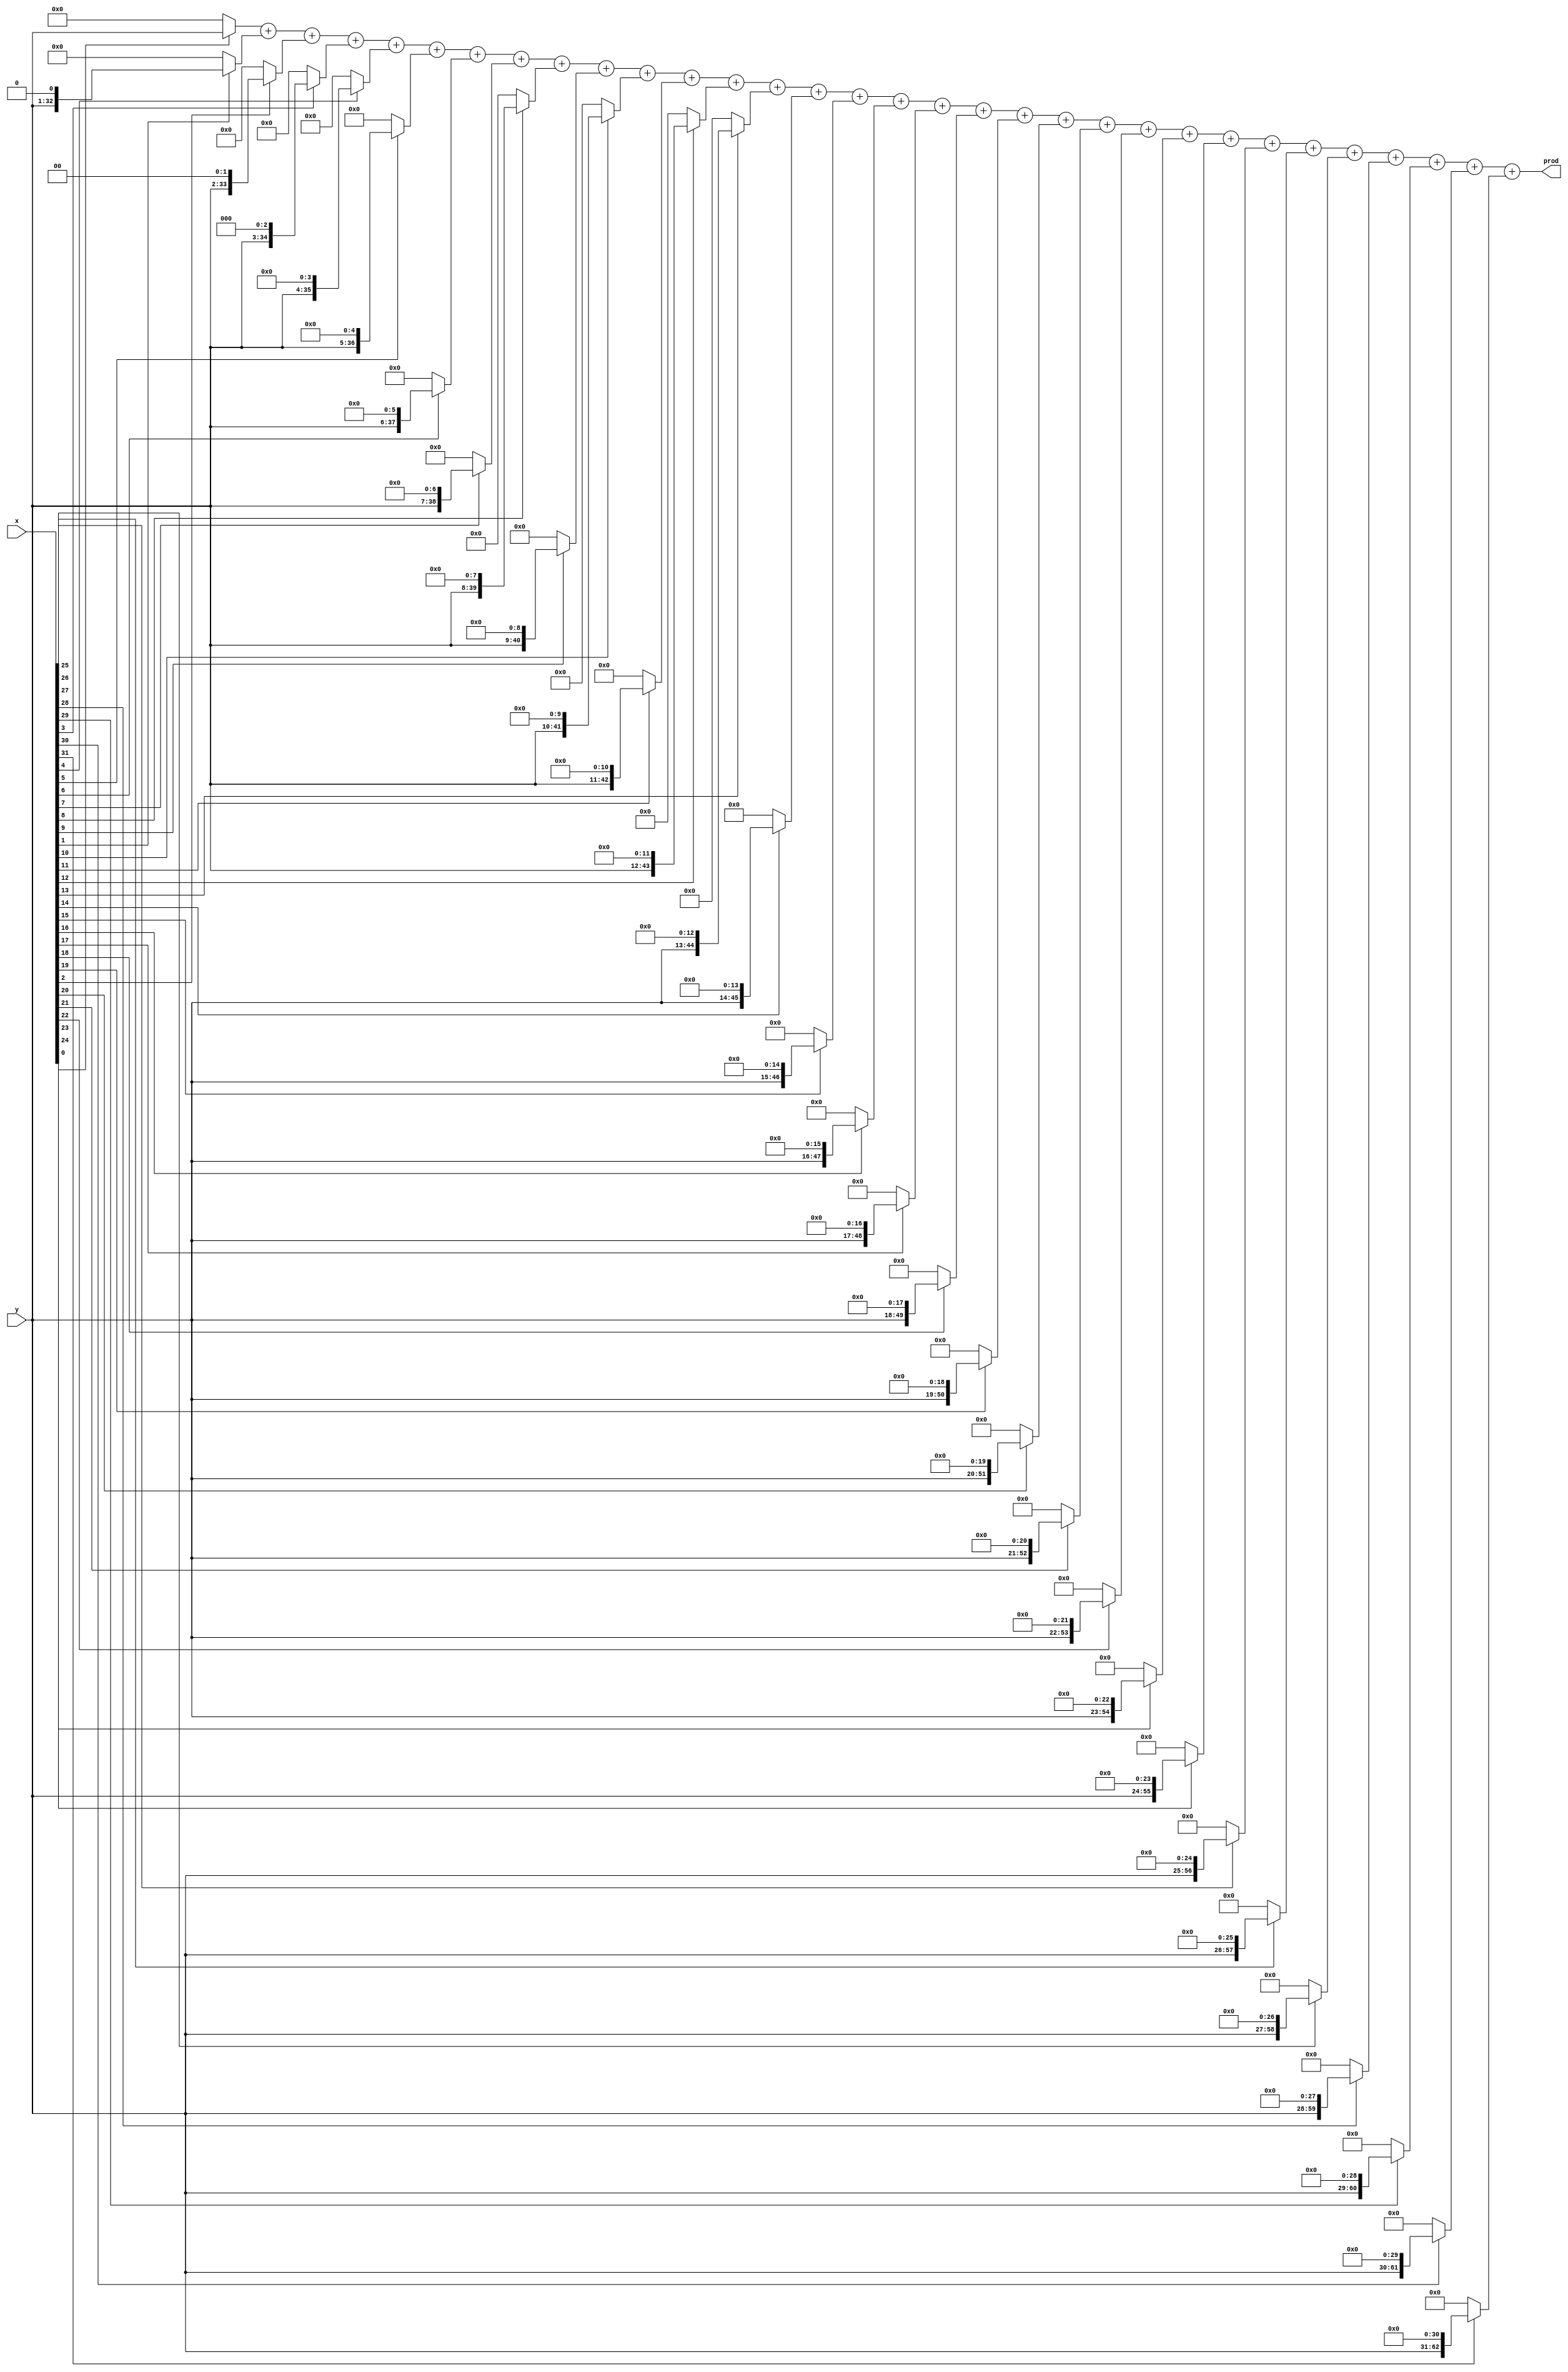
module unsigned_mult(
		input [31:0] x,
		input [31:0] y,
		output [63:0] prod
    );
	 
	wire [2047:0] temp;
	assign temp[63:0] = x[0] ? y : 0;
	
	genvar i;
	
	generate
		
		for(i=1;i<32;i=i+1) begin : gen_blk_identifier
			assign temp[64*(i+1)-1:64*i] = temp[64*i-1:64*(i-1)] + (x[i] ? y<<i : 0);
		end
		
	endgenerate
	
	assign prod[63:0] = temp[2047:1984];

endmodule